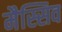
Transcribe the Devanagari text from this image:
मैस्सिव